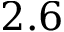
2 . 6